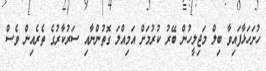
ހުށަހަޅާފައިވާ ބިލް މަޖިލީހުން ބޭރު ކުރުމަށް އަމިއްލަ ގޮތުންނާއި ސަރުކާރުގެ ތެރެއިން ވެސް